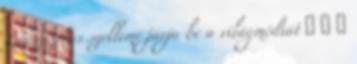
Rasszizmus szelleme járja be a világmédiát 🙂 🙂 🙂